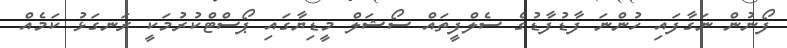
ފޯނުން ނަގާފައި ހުންނަ ފާޑުފާޑުގެ ސެލްފީތައް ސޯޝަލް މީޑިޔާގައި ޕޯސްޓްކުރުމަކީ ރަނގަޅު ކަމެއް